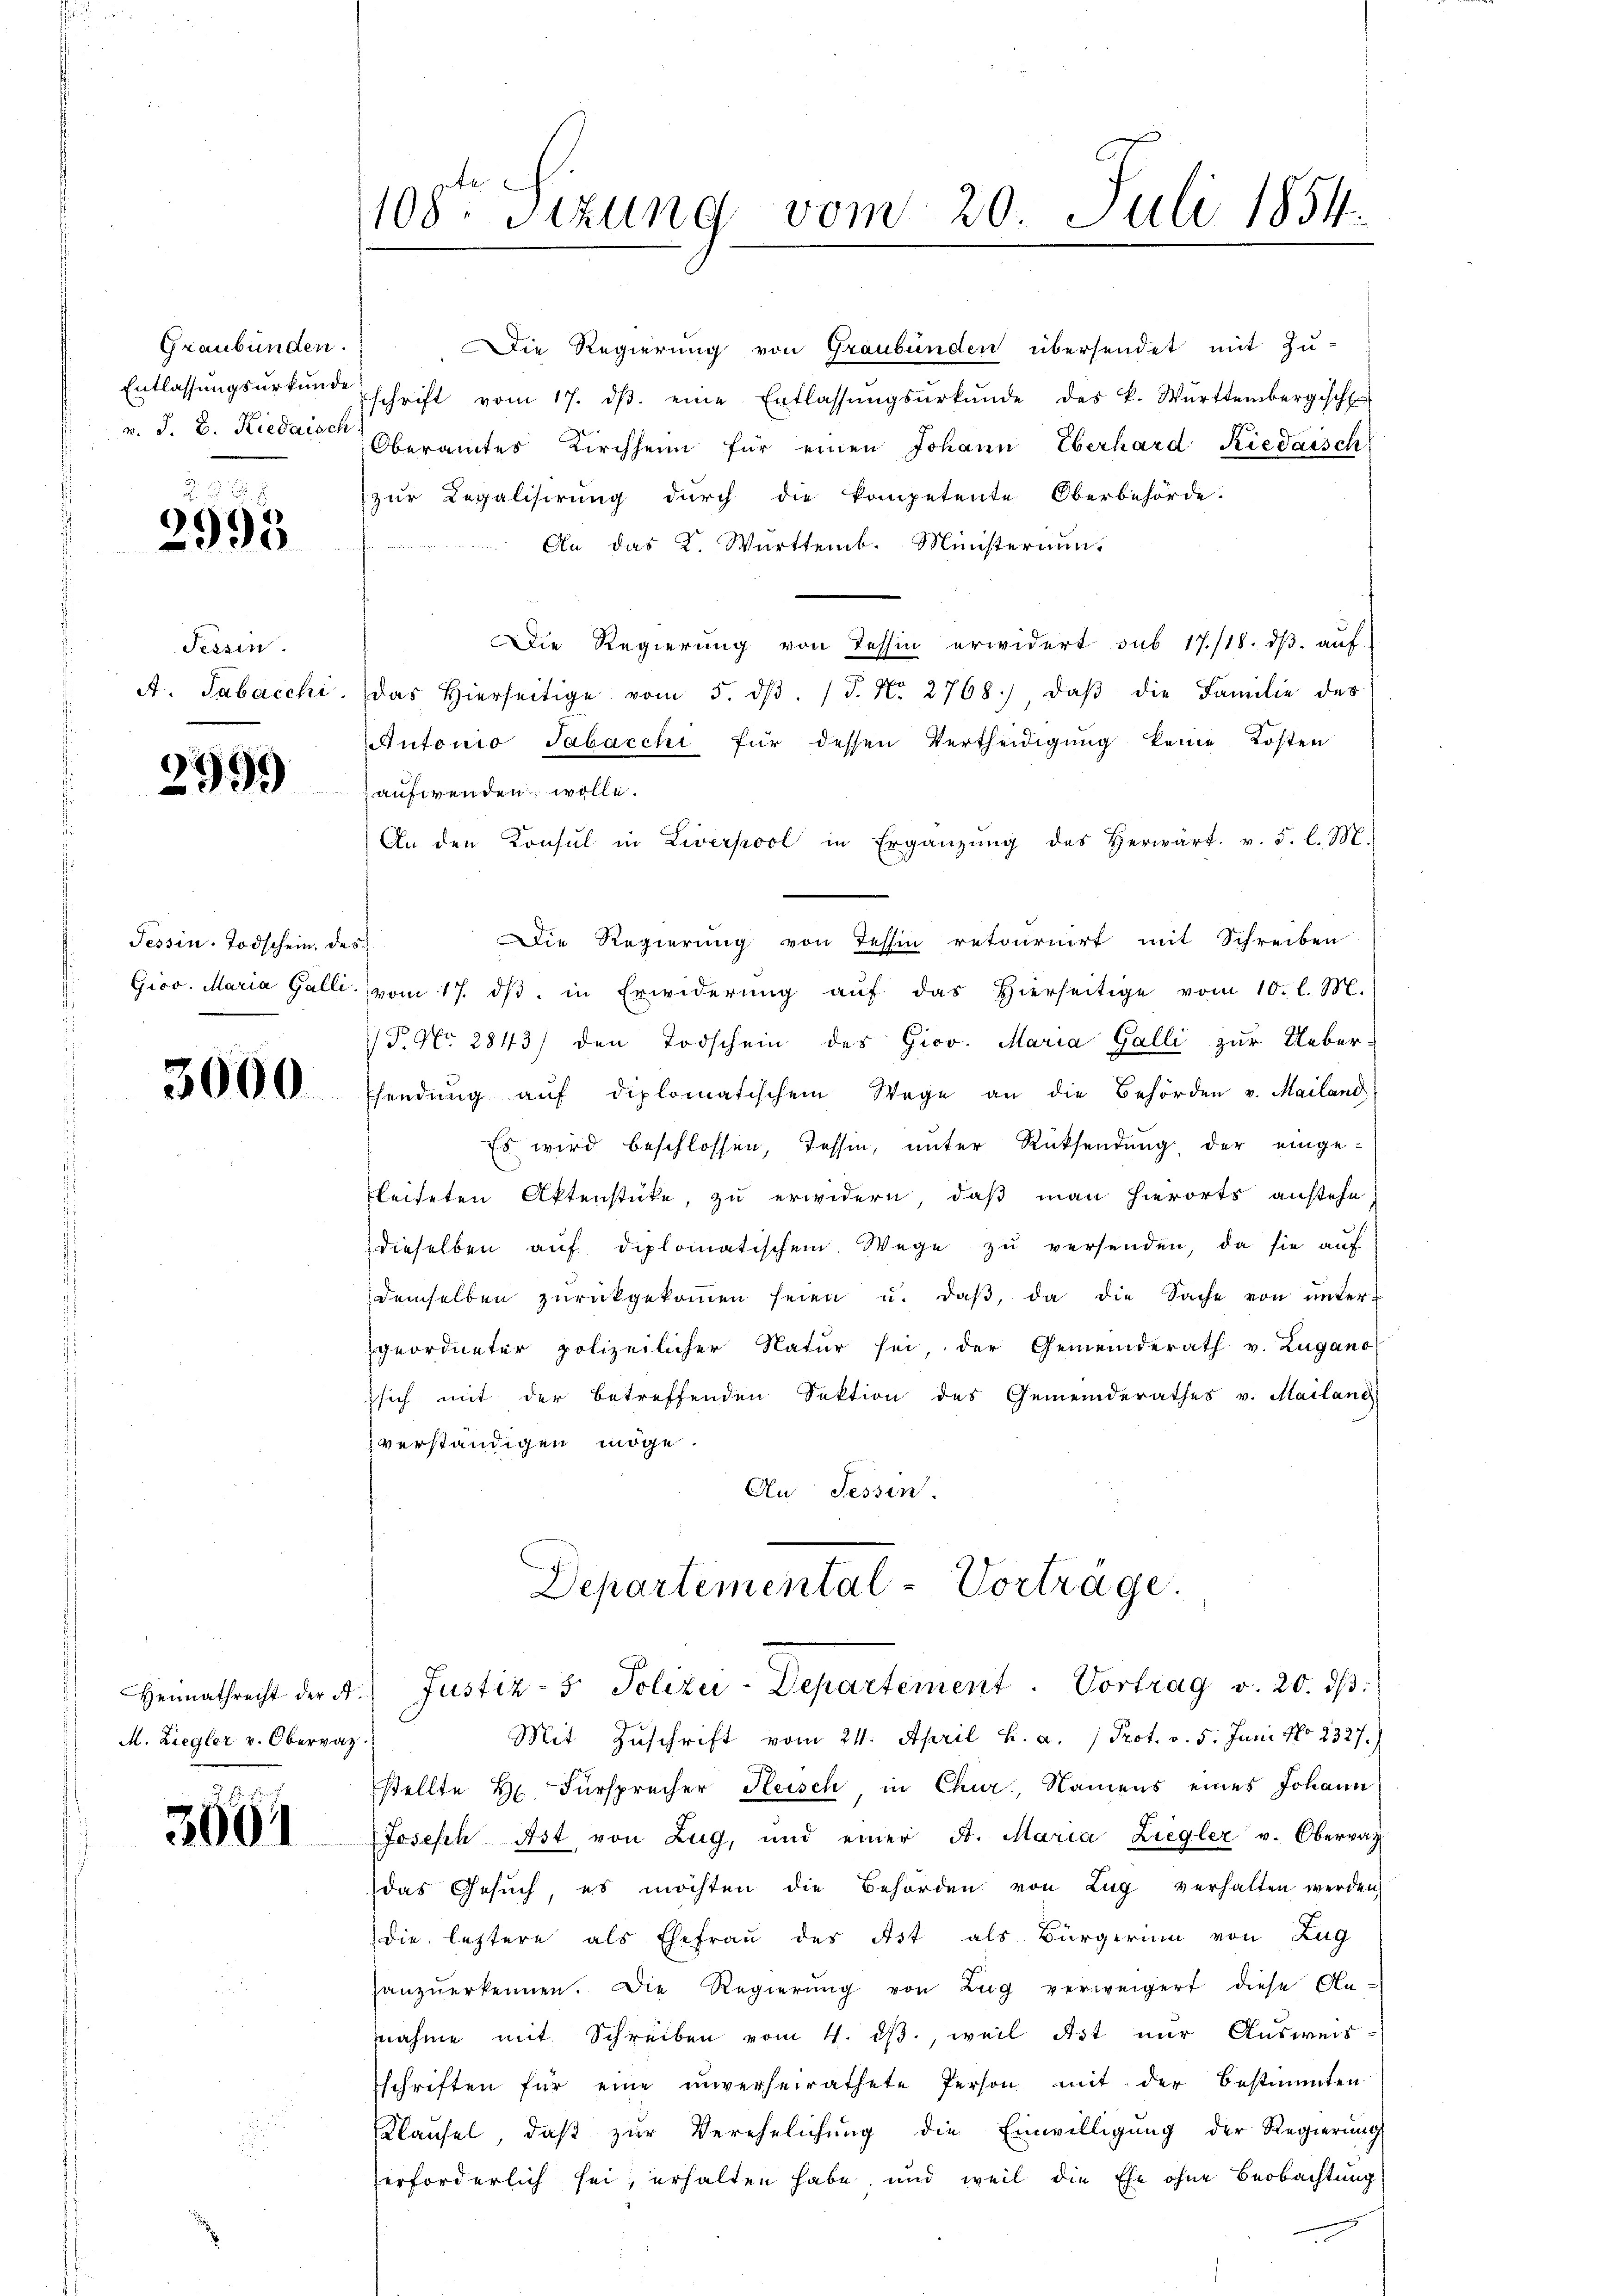
Graubünden.
Entlassungsurkunde
v. J. B. Riedaisch

2993

Tessin.
A. Tabacchi

2999

Tessin. Todschein, des

3000

M. Ziegler v. Obervaz.

3661

108te Sizung vom 20. Juli 1854.

Die Regierung von Graubünden übersendet mit Zu-
schrift vom 17. dβ. eine Entlassŭngsŭrkŭnde des k. Württembergisch
Oberamtes Kirchheim für einen Johann Eberhard Riedaisch
zur Legalisirung durch die kompetente Oberbehörde.
An das K. Württemb. Ministeriums
Die Regierung von Tessin erwidert sub 17./18. dβ aŭf
das hierseitige vom 5. dβ. P. Nr. 2768) daβ die Familie des
Antonio Sabacchi für dessen Vertheidigung keine Kosten
aufwenden wolle.
An den Konsul in Liverpool in Ergänzŭng des herwärt. v. 5. l. M.
Die Regierung von Tessin retournirt mit Schreiben
Grov. Maria Galli vom 17. dβ. in Erwiderŭng aŭf das hierseitige vom 10. l. M.
P. Nr. 2843) den Todschein des Giov. Maria Galli zur Uebersendŭng aŭf diplomatischem Wege an die Behörden v. Mailand
Es wird beschlossen, Tessin, unter Rücksendung der einge-
leiteten Aktenstücke, zu erwidern, daß man hierorts anstehe
dieselben aŭf diplomatischem Wege zŭ versenden, da sie aŭf
demselben zŭrückgekoṁen seien u. daβ, da die Sache von ŭnter-
geordneter polizeilicher Natur sei, der Gemeinderath v. Zugano
sich mit der betreffenden Sektion des Gemeinderathes v. Mailand
 verständigen möge
An Tessin.

Departemental-Vorträge.
Heimathrecht der A. Justiz- & Polizei-Departement. Vortrag v. 20. dβ.

Mit Zuschrift vom 24. April h. a. / Prot. v. 5. Juni No 2327.)
stellte Hr. Fürsprecher Heisch, in Chur, Namens eines Johann
Jasesch Art von Zug, und einer F. Maria Ziegler v. Oberrath
das Gesŭch, es möchten die Behörden von Zŭg verhalten werden
die letztere als Ehefrau des Ast als Bürgerinn von Zug
Hanzŭerkennen. Die Regierŭng von Zŭg verweigert diese An-
nahme mit Schreiben vom 4. ds., weil Ast nur Ausweis-
schriften für eine unverheirathete Person mit der bestimmten
Klausel, daß zur Verehelichung die Einwilligung der Regierung
erforderlich sei, erhalten habe und weil die Ehe ohne Beobachtung